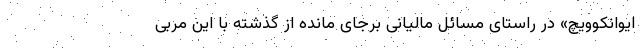
ایوانکوویچ» در راستای مسائل مالیانی برجای مانده از گذشته با این مربی